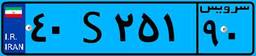
۴۰S۷۲۱۵۹